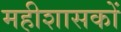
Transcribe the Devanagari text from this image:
महीशासकों